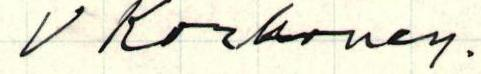
V Korhonen.